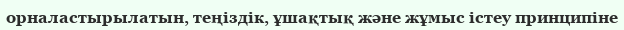
орналастырылатын, теңіздік, ұшақтық және жұмыс істеу принципіне